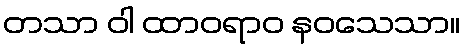
တသာ ဝါ ထာဝရာဝ နဝသေသာ။